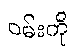
ဝမ်းကို